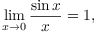
\operatorname* { l i m } _ { x \rightarrow 0 } { \frac { \sin x } { x } } = 1 ,